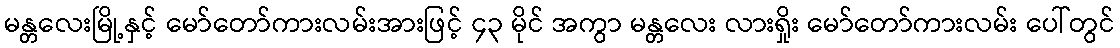
မန္တလေးမြို့နှင့် မော်တော်ကားလမ်းအားဖြင့် ၄၃ မိုင် အကွာ မန္တလေး လားရှိုး မော်တော်ကားလမ်း ပေါ်တွင်